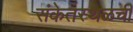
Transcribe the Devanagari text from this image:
संकेतस्थळची